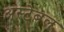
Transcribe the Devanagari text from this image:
अस्टेबल